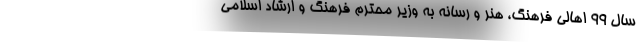
سال 99 اهالی فرهنگ، هنر و رسانه به وزیر محترم فرهنگ و ارشاد اسلامی